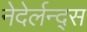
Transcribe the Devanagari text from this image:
नेदेर्लन्द्स